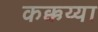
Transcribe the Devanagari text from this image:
कक्कय्या